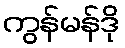
ကွန်မန်ဒို